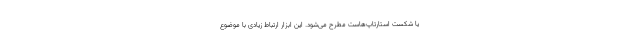
یا شکست استارتاپ‌هاست مطرح می‌شود. این ابزار ارتباط زیادی با موضوع